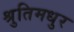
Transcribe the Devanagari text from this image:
श्रुतिमधुर